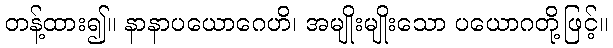
တန့်ထား၍။ နာနာပယောဂေဟိ၊ အမျိုးမျိုးသော ပယောဂတို့ဖြင့်။